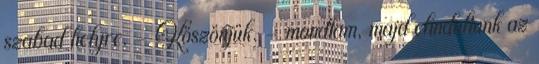
szabad helyre. - Köszönjük. – mondtam, majd elindultunk az